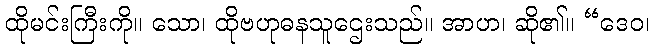
ထိုမင်းကြီးကို။ သော၊ ထိုဗဟုဓနသူဌေးသည်။ အာဟ၊ ဆို၏။ “ဒေဝ၊